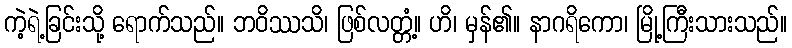
ကဲ့ရဲ့ခြင်းသို့ ရောက်သည်။ ဘဝိဿသိ၊ ဖြစ်လတ္တံ့။ ဟိ၊ မှန်၏။ နာဂရိကော၊ မြို့ကြီးသားသည်။